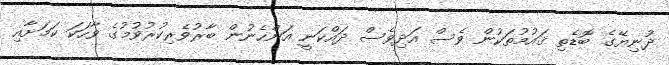
ދުނިޔޭގެ ބޮޑެތި ޤައުމުތަކުން ވެސް އަދިވެސް ދައްކަނީ އަންހެނުން ބާރުވެރިކުރުވުމުގެ ވާހަކަ ކަމަށާއި